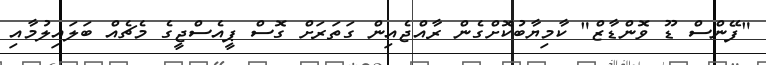
"ފޭންސް ޑޫ ވޮންޑާޒް" ކާމިޔާބުކޮށްގެން ރާއްޖެއިން ގަތަރަށް ގޮސް ޕީއެސްޖީގެ މެޗެއް ބަލައިލުމާއި